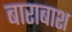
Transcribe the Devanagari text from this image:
बाराबाश